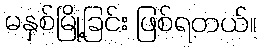
မနှစ်မြို့ခြင်း ဖြစ်ရတယ်။